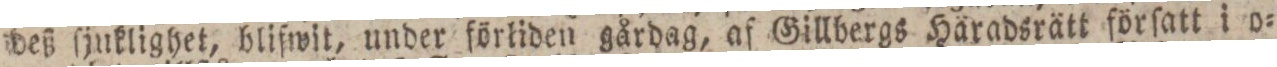
deß ſjuklighet, blifwit, under förliden gårdag, af Gillbergs Häradsrätt förſatt i o=